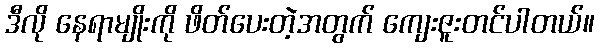
ဒီလို နေရာမျိုးကို ဖိတ်ပေးတဲ့အတွက် ကျေးဇူးတင်ပါတယ်။